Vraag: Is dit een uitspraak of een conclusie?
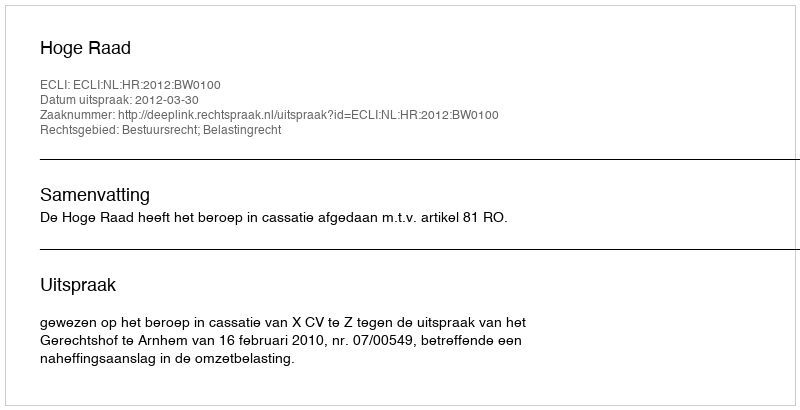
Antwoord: Uitspraak